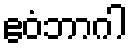
ဧဝံဘာဂါ